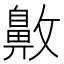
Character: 𪖖